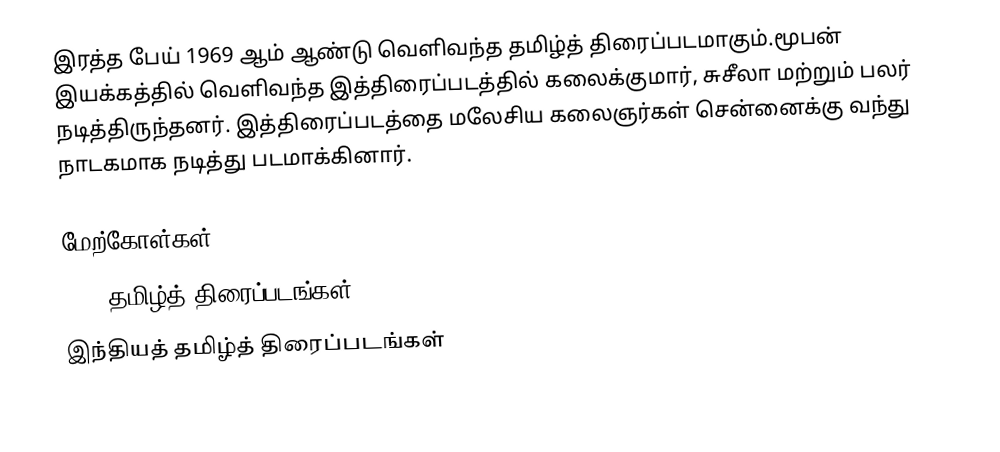
இரத்த பேய் 1969 ஆம் ஆண்டு வெளிவந்த தமிழ்த் திரைப்படமாகும்.மூபன் இயக்கத்தில் வெளிவந்த இத்திரைப்படத்தில் கலைக்குமார், சுசீலா மற்றும் பலர் நடித்திருந்தனர். இத்திரைப்படத்தை மலேசிய கலைஞர்கள் சென்னைக்கு வந்து நாடகமாக நடித்து படமாக்கினார்.

மேற்கோள்கள்
1969 தமிழ்த் திரைப்படங்கள்
இந்தியத் தமிழ்த் திரைப்படங்கள்